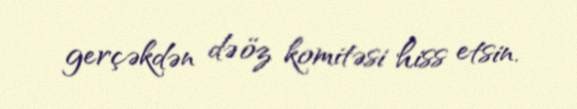
gerçəkdən də öz komitəsi hiss etsin.